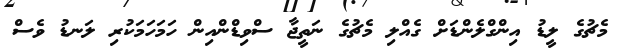
މެޗުގެ ލީޑު އިންގްލެންޑަށް ގެއްލި މެޗުގެ ނަތީޖާ ސްވިޑްންއިން ހަމަހަމަކުރި ލަނޑު ވެސް